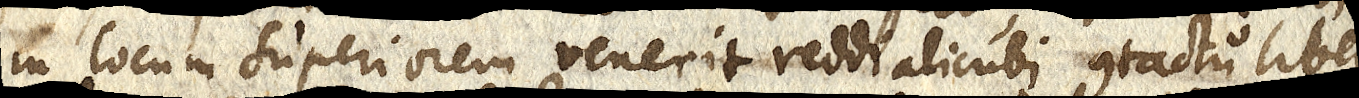
in locum superiorem venerit reddi alicubi contactu liber–